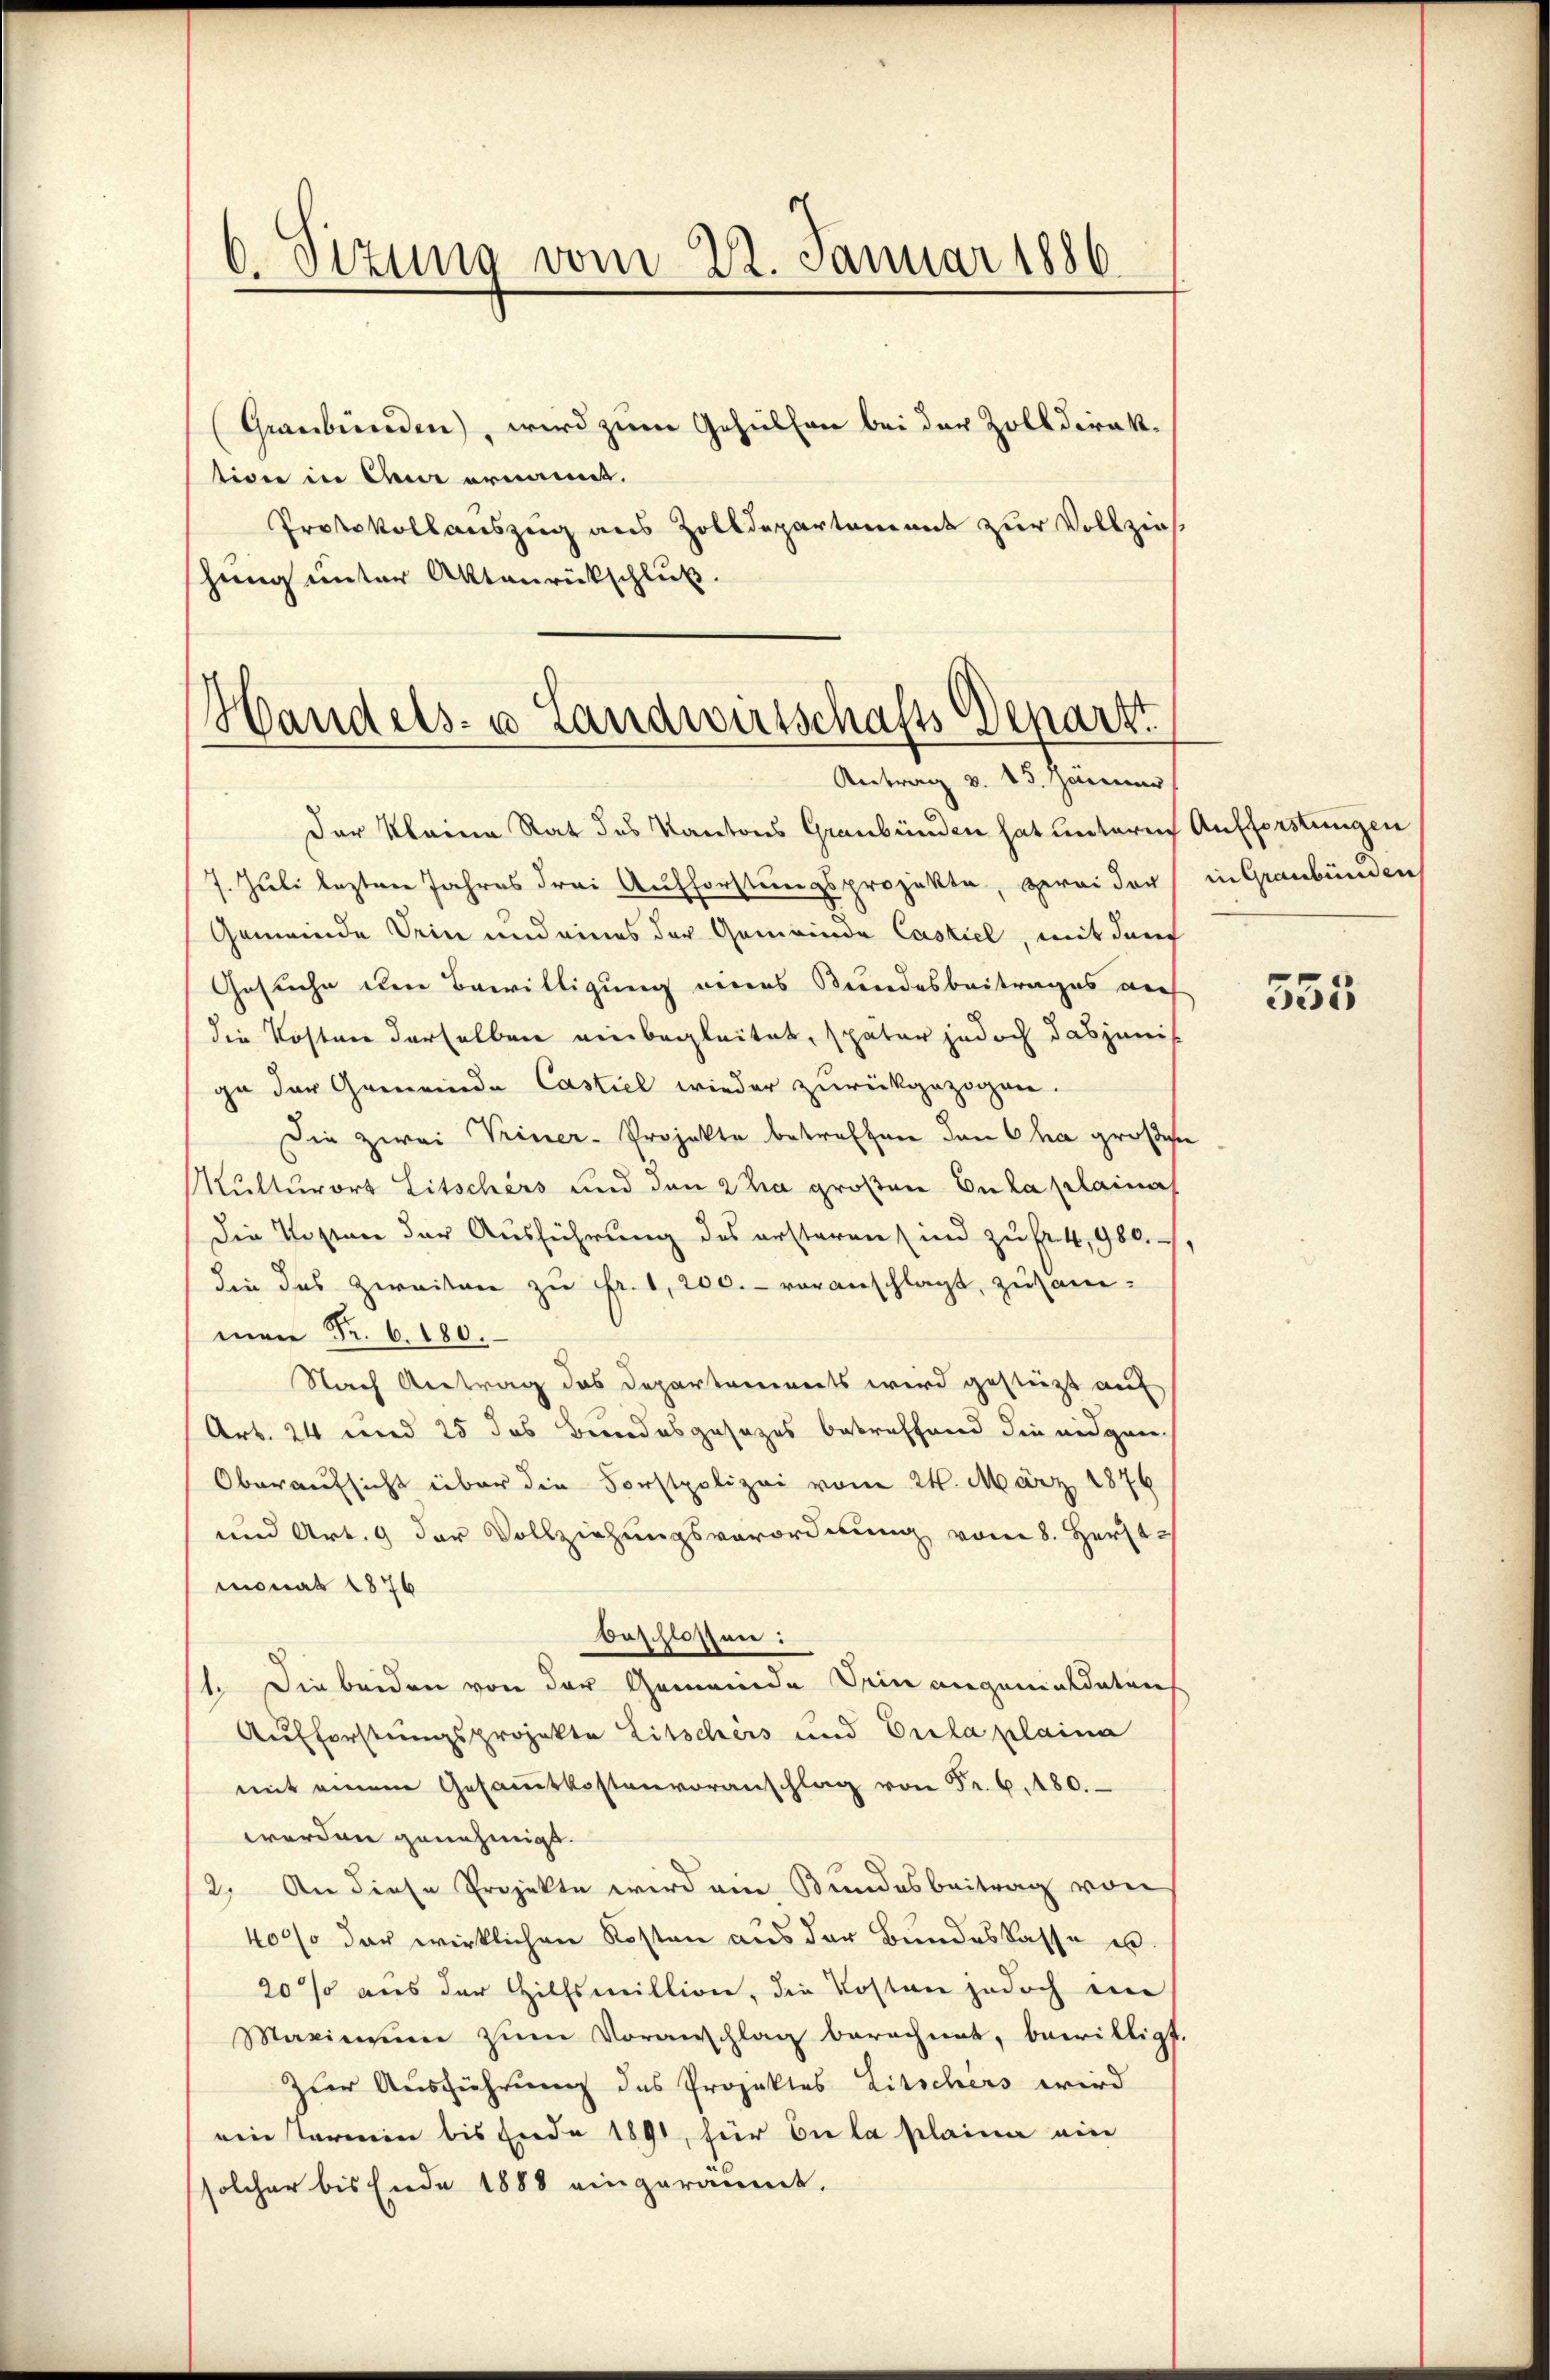
6. Sizung vom 22. Januar 1886

(Graubünden, wird zum Gehülfen bei der Zolldirektion in dem ernannt.
Protokollauszug aus Zolldepartement zur Vollzieh
hung unter Aktenrückschluß.

Handels- u Landwirtschafts Depart

Antrag v. 25. Jänner

Der Kleine Rat des Kantons Graubünden hat untern Aufforstungen
7. Juli lezten Jahres drei Aufforstungsprojekte, zwei der in Graubünden
Gemeinde Dein und eines der Gemeinde Castiel, mit dur
Gesuche um Bewilligung eines Bundesbeitrages auch
die Kostner derselben einbegleitet, später jedoch dasjenis
ga der Gemeinde Castiel wieder zurückgezogen.
Die zwei Vriner-Projekte betreffen den Cha großen
Multurort Litschers und den 2 hia großen Enka plaina
Die Kosten der Ausführung des ersteren sind zu fr 4,980.
die das Zweiten zu Fr. 1, 200.- voranschlagt, zusam-
men Fr. 6. 180.
Nach Antrag das Departements wird gestützt auf
Art. 24 und 25 das Bundesgesezes betreffend die eidgen
Oberaufsicht über die Forstpolizei vom 24. März 1876
und Art. 9 der Vollziehungsverordnung vom 8. Herst
monat 1876
beschlossen:
1. Die beiden von der Gemeinde Dein angeniaidaten
Aufforstungsprojekte Litschers und Eula plaina
mit einem Gesaṁtkostenvoranschlag von Fr. 6. 180.
werden genehmigt.
(2. An diese Projekte wird ein Bundesbeitrag von
400% der wirklichen Kosten aus der Bundeskasse e
20% aus der Hilfsmillion, die Kosten jedoch im
Maximum zum Voranschlag berechnet, bewilligt.
zur Ausführung des Projektes Litschers wird
ein Termin bis Ende 1891, für die la plaina ein
solcher bis Ende 1888 eingeräumt.

555